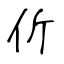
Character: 伒